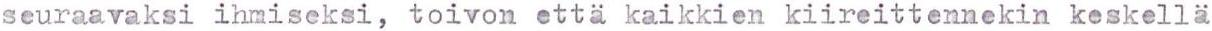
seuraavaksi ihmiseksi, toivon että kaikkien kiireittennekin keskellä